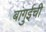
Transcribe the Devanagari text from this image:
बांगुईची